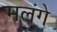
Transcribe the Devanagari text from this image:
मलंगे